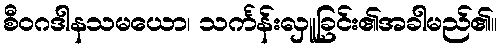
စီဝဂဒါနသမယော၊ သင်္ကန်းလှူခြင်း၏အခါမည်၏။